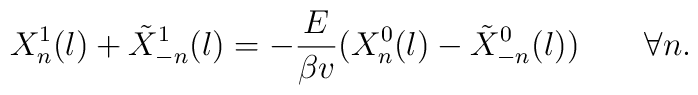
X_{n}^{1}(l)+\tilde{X}_{-n}^{1}(l)=-\frac{E}{\beta v}(X_{n}^{0}(l)-\tilde{X}_{-n}^{0}(l)) \quad \quad \forall n.